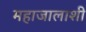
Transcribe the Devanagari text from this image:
महाजालाशी